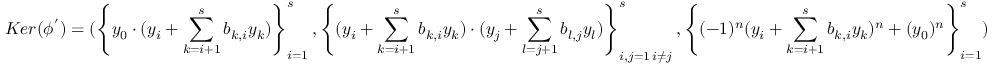
K e r ( \phi ^ { ' } ) = ( \left\{ y _ { 0 } \cdot ( y _ { i } + \sum _ { k = i + 1 } ^ { s } b _ { k , i } y _ { k } ) \right\} _ { i = 1 } ^ { s } , \left\{ ( y _ { i } + \sum _ { k = i + 1 } ^ { s } b _ { k , i } y _ { k } ) \cdot ( y _ { j } + \sum _ { l = j + 1 } ^ { s } b _ { l , j } y _ { l } ) \right\} _ { \substack { i , j = 1 \, i \neq j } } ^ { s } , \left\{ ( - 1 ) ^ { n } ( y _ { i } + \sum _ { k = i + 1 } ^ { s } b _ { k , i } y _ { k } ) ^ { n } + ( y _ { 0 } ) ^ { n } \right\} _ { i = 1 } ^ { s } )